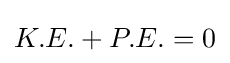
K.E.+P.E.=0